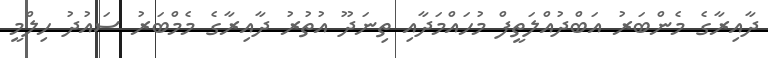
ދާއިރާގެ މެންބަރު އަބްދުއްލަތީފް މުހައްމަދާއި ތިނަދޫ އުތުރު ދާއިރާގެ މެމްބަރު ސައުދު ހިލްމީ